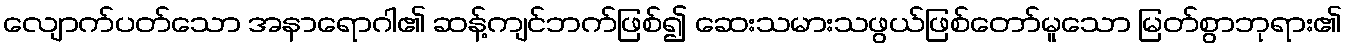
လျောက်ပတ်သော အနာရောဂါ၏ ဆန့်ကျင်ဘက်ဖြစ်၍ ဆေးသမားသဖွယ်ဖြစ်တော်မူသော မြတ်စွာဘုရား၏